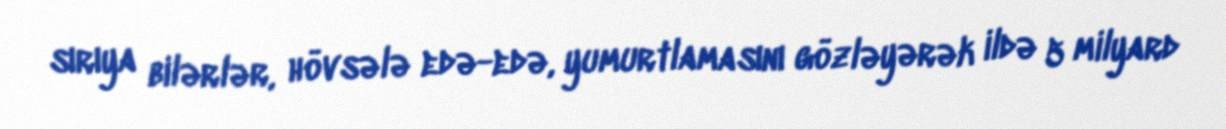
sırıya bilərlər, hövsələ edə-edə, yumurtlamasını gözləyərək ildə 5 milyard